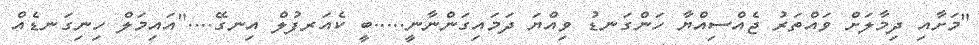
"މަށާއި ދިމާލަށް ވައްތަރު ޖެއްސިއްޔާ ހަންގަނޑު ވިއްޔަ ދަމައިގަންނާނީ.....ބީ ކެއަރފުލް އިނގޭ...."އައިމަލް ހިނިގަނޑެއް